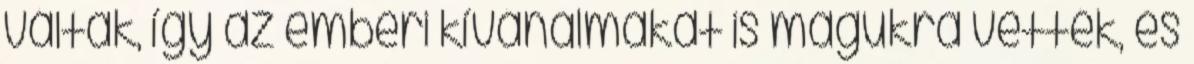
váltak, így az emberi kívánalmakat is magukra vették, és